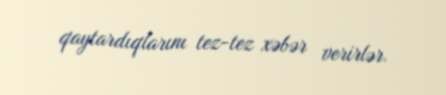
qaytardıqlarını tez-tez xəbər verirlər.